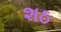
શઠ